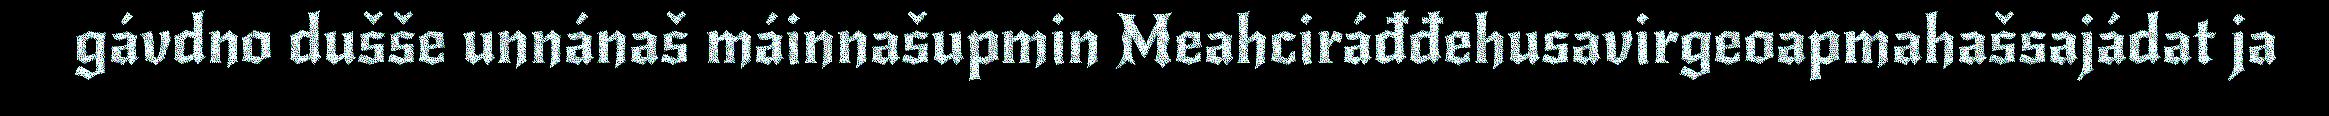
gávdno dušše unnánaš máinnašupmin Meahciráđđehusavirgeoapmahašsajádat ja